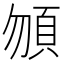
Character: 𩑮